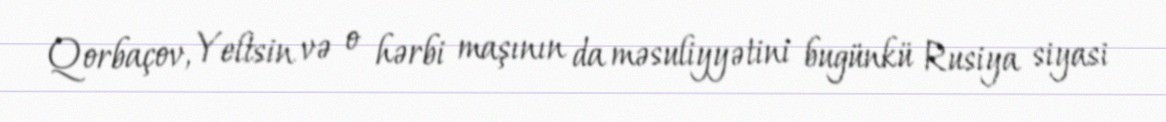
Qorbaçov, Yeltsin və o hərbi maşının da məsuliyyətini bugünkü Rusiya siyasi